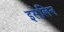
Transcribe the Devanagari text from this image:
इसेलिन